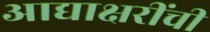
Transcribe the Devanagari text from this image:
आद्याक्षरींची